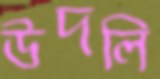
উদলি